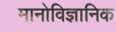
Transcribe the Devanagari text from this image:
मानोविज्ञानिक